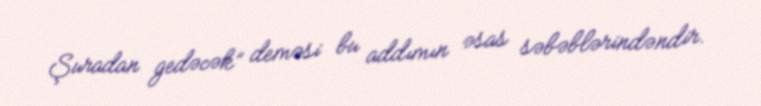
Şuradan gedəcək” deməsi bu addımın əsas səbəblərindəndir.